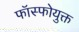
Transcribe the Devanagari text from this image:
फॉस्फोयुक्त